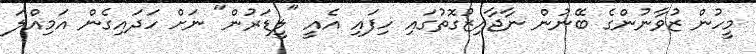
މީހުން ޒުވާނުންގެ ބޭނުން ނާޖާއިޒުގޮތުގައި ހިފައި އެއީ "ލީޑަރުން" ނަށް ހަދައިގެން އަމިއްލަ